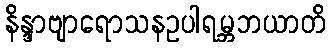
နိန္ဒာဗျာရောသနဥပါရမ္ဘဘယာတိ